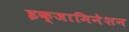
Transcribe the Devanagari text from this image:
इक्जामिनेशन